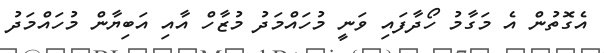
އެގޮތުން އެ މަގާމު ހޯދާފައި ވަނީ މުހައްމަދު މުޒާހް އާއި އަބިޔާން މުހައްމަދު